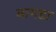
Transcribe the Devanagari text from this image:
बामडा